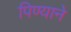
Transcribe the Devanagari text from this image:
पिण्याने